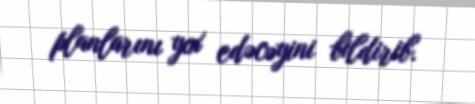
planlarını yox edəcəyini bildirib.